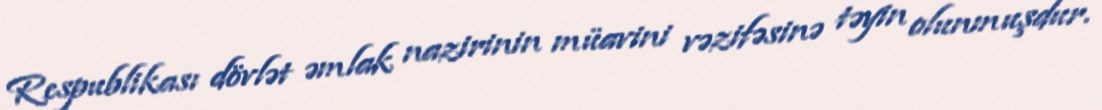
Respublikası dövlət əmlak nazirinin müavini vəzifəsinə təyin olunmuşdur.